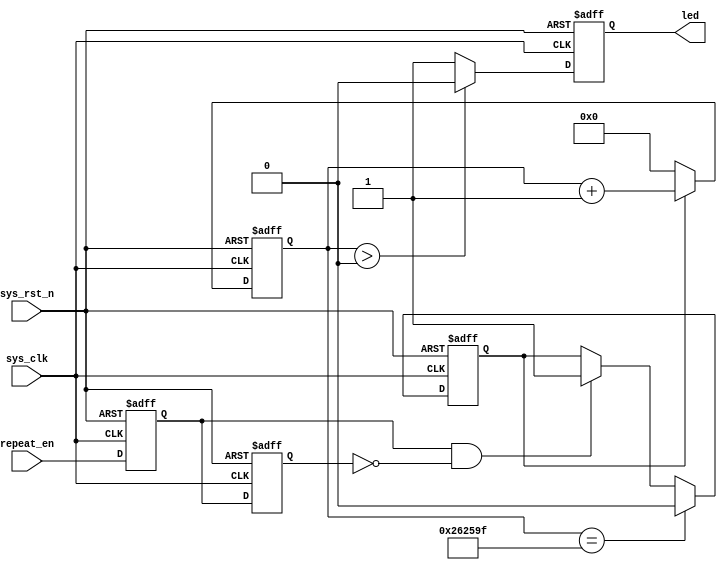
`timescale  1ns/1ns
////////////////////////////////////////////////////////////////////////
// Module Name   : led_ctrl
// Project Name  : top_infrared_rcv
// Target Devices: Altera EP4CE10F17C8N
// Tool Versions : Quartus 13.0
// Description   : led
// 
// Revision      : V1.0
// Additional Comments:
// 
// : _FPGA
//     : http://www.embedfire.com
//     : http://www.firebbs.cn
//     : https://fire-stm32.taobao.com
////////////////////////////////////////////////////////////////////////

module  led_ctrl
(
    input   wire    sys_clk     ,   //50MHz
    input   wire    sys_rst_n   ,   //
    input   wire    repeat_en   ,   //
    
    output  reg     led             //led
);

//********************************************************************//
//****************** Parameter and Internal Signal *******************//
//********************************************************************//
//parameter define
parameter   CNT_MAX =   2500_000;

//wire  define
wire    repeat_en_rise  ;   //

//reg   define
reg         repeat_en_d1;   //
reg         repeat_en_d2;   //
reg         cnt_en      ;   //
reg [21:0]  cnt         ;   //

//********************************************************************//
//******************************* Main Code **************************//
//********************************************************************//

//repeat_en
assign  repeat_en_rise  =   repeat_en_d1 &  ~repeat_en_d2;

//reeat_en
always@(posedge sys_clk or  negedge sys_rst_n)
    if(sys_rst_n == 1'b0)
        begin
            repeat_en_d1    <=  1'b0;
            repeat_en_d2    <=  1'b0;
        end
    else
        begin
            repeat_en_d1    <=  repeat_en;
            repeat_en_d2    <=  repeat_en_d1;
        end

//50ms
always@(posedge sys_clk or  negedge sys_rst_n)
    if(sys_rst_n == 1'b0)
            cnt_en <=  1'b0;
    else    if(cnt == CNT_MAX - 1)
            cnt_en <=  1'b0;
    else    if(repeat_en_rise == 1'b1)
            cnt_en <=  1'b1;
            
//
always@(posedge sys_clk or  negedge sys_rst_n)
    if(sys_rst_n == 1'b0)
            cnt <=  22'b0;
    else    if(cnt_en == 1'b1)
            cnt <=  cnt + 1;
    else
            cnt <=  22'b0;

//0ledled50ms
always@(posedge sys_clk or  negedge sys_rst_n)
    if(sys_rst_n == 1'b0)
        led <=  1'b1;
    else    if(cnt > 0)
        led <=  1'b0;
    else
        led <=  1'b1;

endmodule